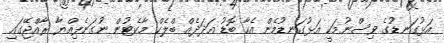
އަޅުގަނޑުގެ ވިސްނުމަކީ އަޅުގަނޑުމެން އެހާ ބޮޑު އަދަދެއް ބްލެކް މާކެޓުން ނުގަނެފިއްޔާ ރާއްޖޭގައި